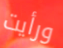
ورأيت